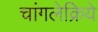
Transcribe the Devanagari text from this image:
चांगलेक्रिये